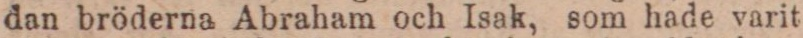
dan bröderna Abraham och Isak, som hade varit